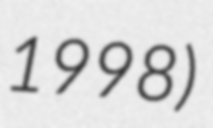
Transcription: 1998)